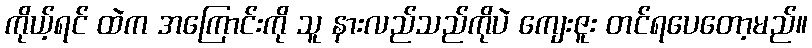
ကိုယ့်ရင် ထဲက အကြောင်းကို သူ နားလည်သည်ကိုပဲ ကျေးဇူး တင်ရပေတော့မည်။